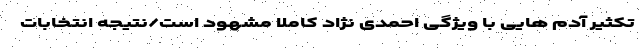
تکثیر آدم هایی با ویژگی احمدی نژاد کاملا مشهود است/نتیجه انتخابات